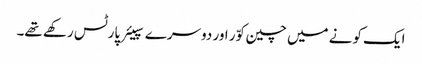
ایک کونے میں چین کوّر اور دوسرے سپیئر پارٹس رکھے تھے۔